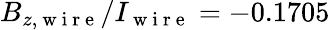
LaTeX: B_{z,\mathrm{~w~i~r~e~}}/I_{\mathrm{~w~i~r~e~}}=-0.1705